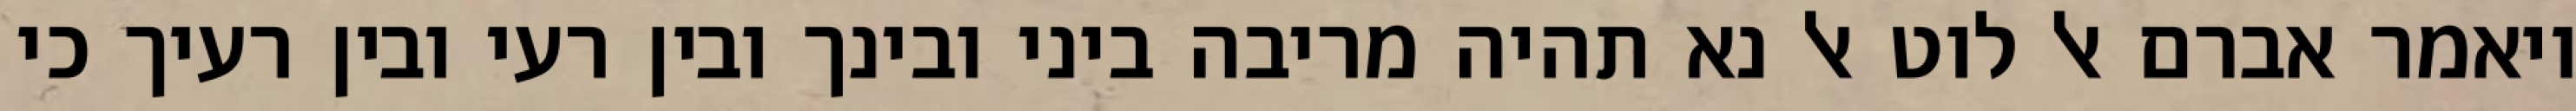
ויאמר אברם אל לוט אל נא תהיה מריבה ביני ובינך ובין רעי ובין רעיך כי